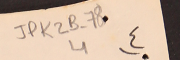
JPK2B-78			4		٤)